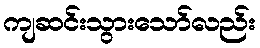
ကျဆင်းသွားသော်လည်း